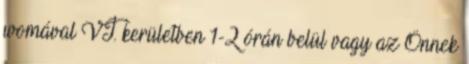
womával VI. kerületben 1-2 órán belül vagy az Önnek